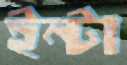
ইন্টা